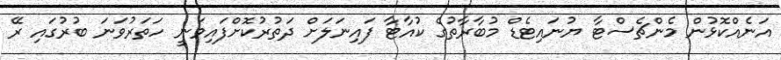
އަނެއްކޮޅުން މެންޗެސްޓާ ޔުނައިޓެޑް މުބާރާތުގެ ކުއާޓާ ފައިނަލަށް ދަތުރުކޮށްފައިވަނީ ހަތަރުވަނަ ބުރުގައި ރޭ